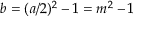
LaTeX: b = ( a / 2 ) ^ { 2 } - 1 = m ^ { 2 } - 1